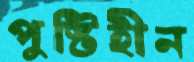
পুষ্টিহীন